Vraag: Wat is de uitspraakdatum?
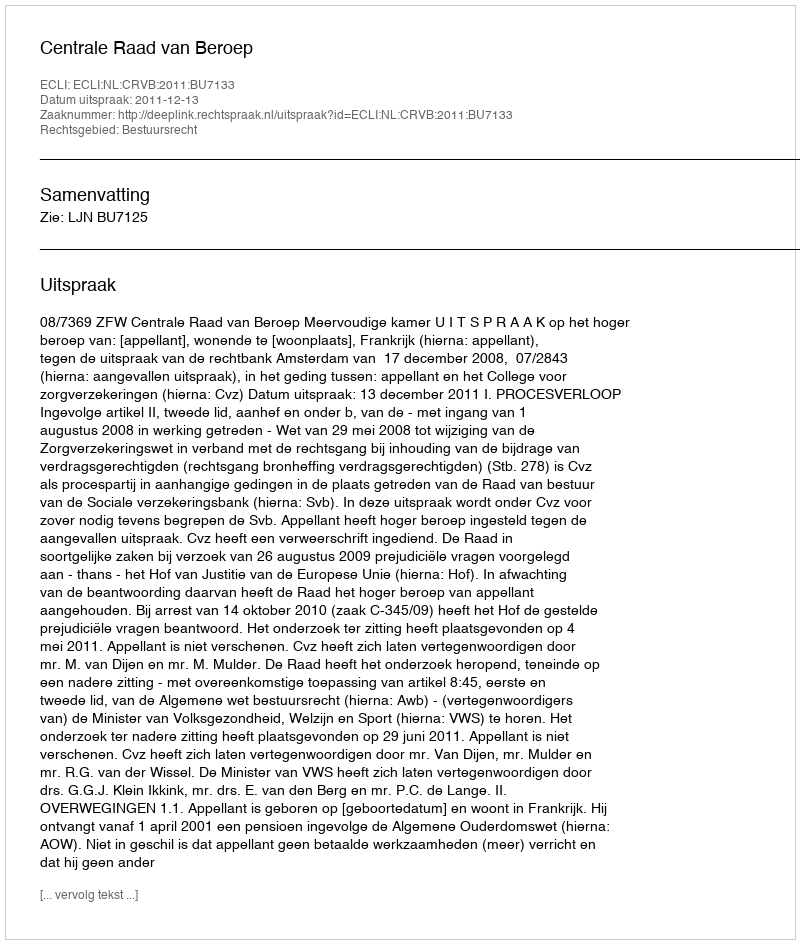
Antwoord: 2011-12-13